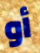
أو